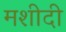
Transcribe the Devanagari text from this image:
मशीदी